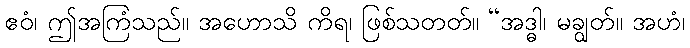
ဧဝံ၊ ဤအကြံသည်။ အဟောသိ ကိရ၊ ဖြစ်သတတ်။ “အဒ္ဓါ၊ မချွတ်။ အဟံ၊